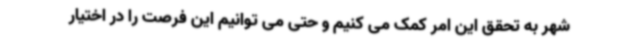
شهر به تحقق این امر کمک می کنیم و حتی می توانیم این فرصت را در اختیار